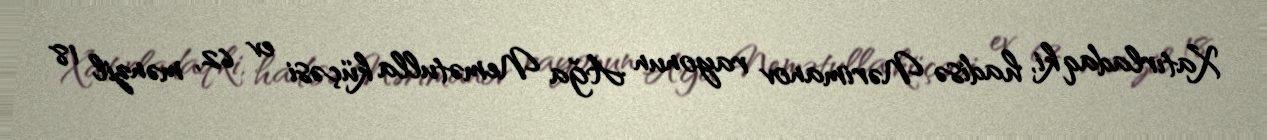
Xatırladaq ki, hadisə Nərimanov rayonun Ağa Nemətulla küçəsi ev 62, mənzil 18